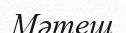
Мәтеш